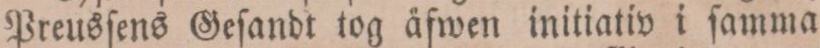
Preusſens Geſandt tog äfwen initiativ i ſamma